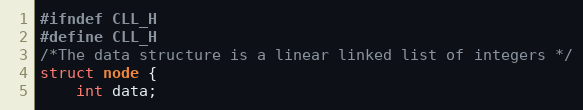
Language: C
#ifndef CLL_H
#define CLL_H
/*The data structure is a linear linked list of integers */
struct node {
    int data;